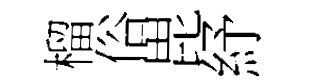
榴俗毘紓